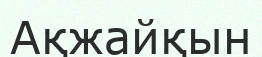
Ақжайқын